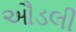
ઔડલી